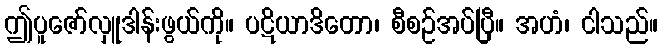
ဤပူဇော်လှူဒါန်းဖွယ်ကို။ ပဋိယာဒိတော၊ စီစဉ်အပ်ပြီ။ အဟံ၊ ငါသည်။